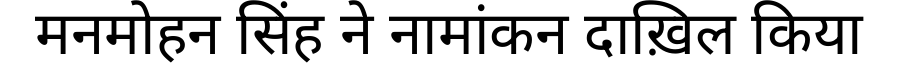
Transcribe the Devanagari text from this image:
मनमोहन सिंह ने नामांकन दाख़िल किया